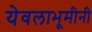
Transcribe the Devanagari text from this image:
येवलाभूमीनी